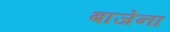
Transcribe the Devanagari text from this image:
बाजेना